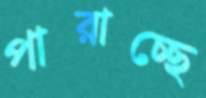
পারাচ্ছে